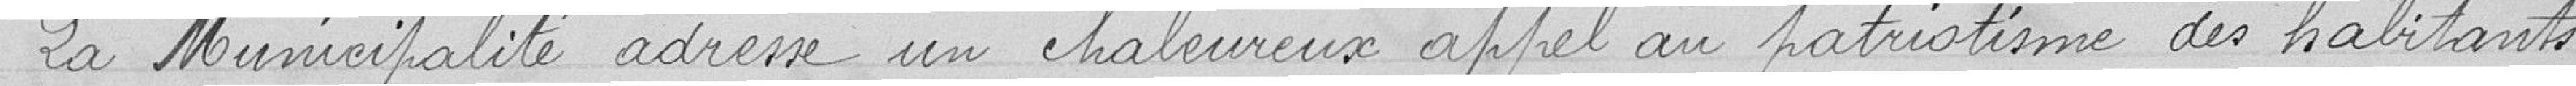
La Municipalité adresse un chaleureux appel au patriotisme des habitants